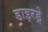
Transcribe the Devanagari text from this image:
डाइरड्रे